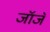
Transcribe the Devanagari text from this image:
जॉजॅ